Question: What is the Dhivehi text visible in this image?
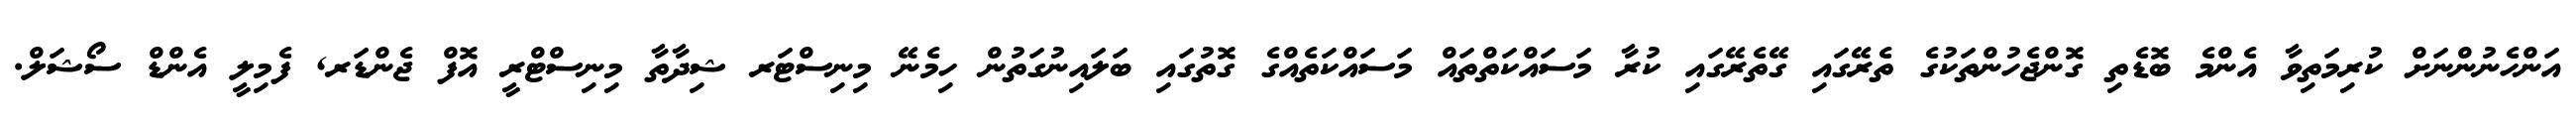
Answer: އަންހެނުންނަށް ކުރިމަތިވާ އެންމެ ބޮޑެތި ގޮންޖެހުންތަކުގެ ތެރޭގައި ގޭތެރޭގައި ކުރާ މަސައްކަތްތައް މަސައްކަތެއްގެ ގޮތުގައި ބަލައިނުގަތުން ހިމެނޭ މިނިސްޓަރ ޝިދާތާ މިނިސްޓްރީ އޮފް ޖެންޑަރ, ފެމިލީ އެންޑް ސޯޝަލް.